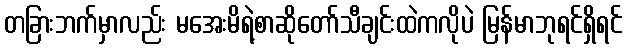
တခြားဘက်မှာလည်း မအေးမိရဲ့စာဆိုတော်သီချင်းထဲကလိုပဲ မြန်မာဘုရင်ရှိရင်